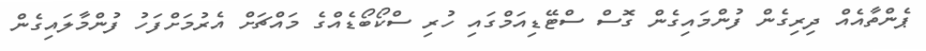
ޕެންތާއެއް ދިރިގެން ފުންމައިގެން ގޮސް ސްޓޭޑިއަމްގައި ހުރި ސްކޯބޯޑެއްގެ މައްޗަށް އެރުމަށްފަހު ފުންމާލައިގެން